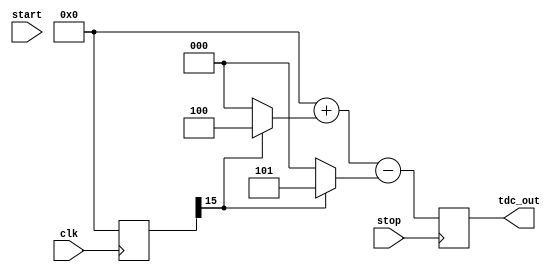
module TDC (
    input wire clk,         // System clock
    input wire start,       // Start signal
    input wire stop,        // Stop signal
    output reg [15:0] tdc_out // Digital output representing time interval
);

    // Parameters for delay line lengths and delays
    parameter DELAY_LINE_A_LENGTH = 16; // Number of stages in delay line A
    parameter DELAY_LINE_B_LENGTH = 16; // Number of stages in delay line B
    parameter DELAY_A = 5;               // Delay per stage in delay line A (in clock cycles)
    parameter DELAY_B = 4;               // Delay per stage in delay line B (in clock cycles)

    // Internal signals
    reg [DELAY_LINE_A_LENGTH-1:0] delay_line_a; // Delay line A
    reg [DELAY_LINE_B_LENGTH-1:0] delay_line_b; // Delay line B
    reg [15:0] counter;                     // Counter for clock cycles
    reg measuring;                          // Flag to indicate measuring state

    // Initialize the output and states
    initial begin
        tdc_out = 0;
        counter = 0;
        measuring = 0;
        delay_line_a = 0;
        delay_line_b = 0;
    end

    // Generate delay lines
    always @(posedge clk) begin
        if (measuring) begin
            // Shift the delay lines
            delay_line_a <= {delay_line_a[DELAY_LINE_A_LENGTH-2:0], 1'b1}; // Input pulse for A
            delay_line_b <= {delay_line_b[DELAY_LINE_B_LENGTH-2:0], 1'b1}; // Input pulse for B
        end else begin
            // Reset delay lines when not measuring
            delay_line_a <= 0;
            delay_line_b <= 0;
        end
    end

    // Start measurement
    always @(posedge start) begin
        measuring <= 1; // Start measuring
        counter <= 0;   // Reset counter
    end

    // Stop measurement
    always @(posedge stop) begin
        measuring <= 0; // Stop measuring
        // Calculate time difference based on delay lines
        tdc_out <= (counter * DELAY_B) + (delay_line_b[DELAY_LINE_B_LENGTH-1] ? DELAY_B : 0) -
                    (delay_line_a[DELAY_LINE_A_LENGTH-1] ? DELAY_A : 0);
    end

    // Count clock cycles during measurement
    always @(posedge clk) begin
        if (measuring) begin
            counter <= counter + 1; // Increment counter
        end
    end

endmodule